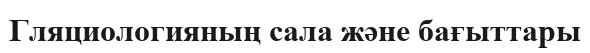
Гляциологияның сала және бағыттары